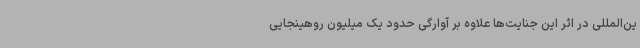
ین‌المللی در اثر این جنایت‌ها علاوه بر آوارگی حدود یک میلیون روهینجایی